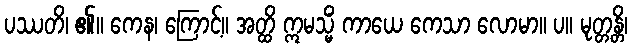
ပဿတိ၊ ၏။ ကေန၊ ကြောင့်။ အတ္ထိ ဣမသ္မိံ ကာယေ ကေသာ လောမာ။ ပ။ မုတ္တန္တိ၊